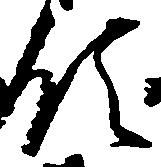
領